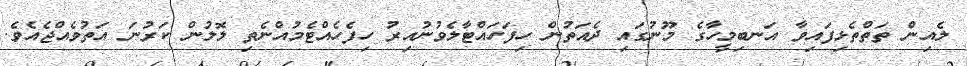
ލެއިން ތަތްތެޅިފައިވާ އަނބިމީހާގެ މޫނުގައި ދެއަތުން ހިފަހައްޓާލެވުނުއިރު ހިފެހެއްޓެމުއްނެތި ލޮލުން ކަރުނަ އަތުވެއްޖެއެވެ.